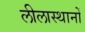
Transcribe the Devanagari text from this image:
लीलास्थानों